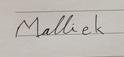
Signature authenticity: forged